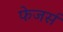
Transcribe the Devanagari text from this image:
फेजर्स